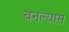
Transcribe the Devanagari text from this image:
बनल्यास